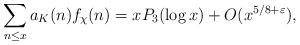
LaTeX: \begin{align*}\sum\limits_{n\leq x}a_K(n)f_\chi(n)=xP_{3}(\log x)+O(x^{5/8+\varepsilon}),\end{align*}